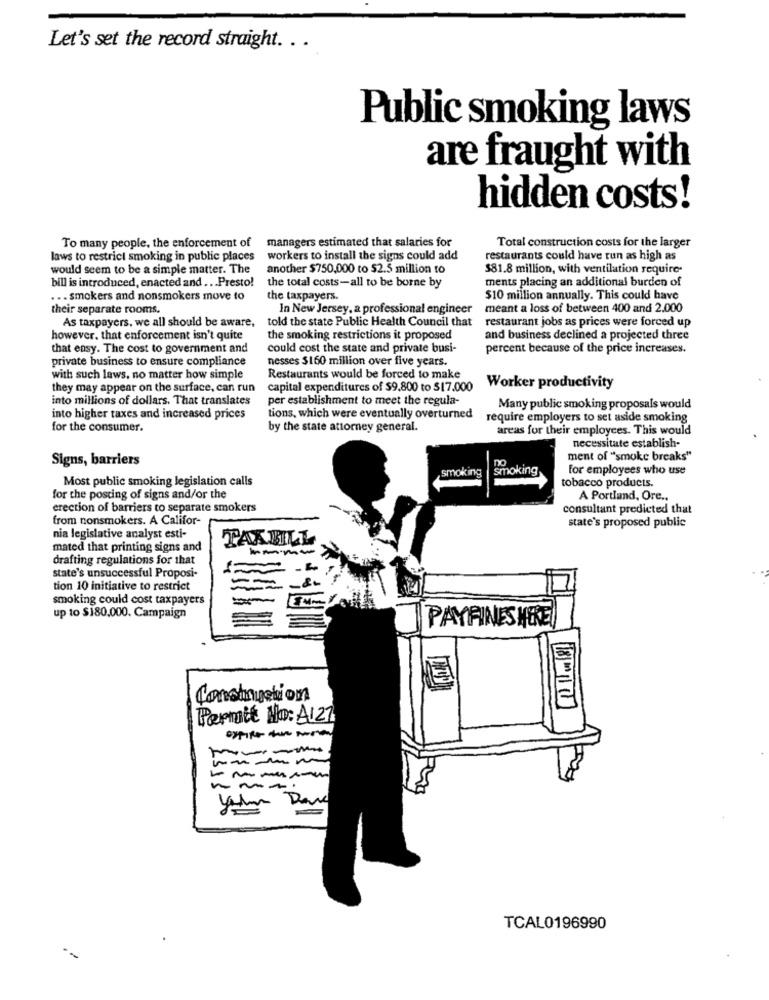
Let's set the record straight. . .
Public smoking laws
are fraught with
hidden costs!
To many people, the enforcement of
managers estimated that salaries for
Total construction costs for the larger
laws to restrict smoking in public places
workers to install the signs could add
restaurants could have run as high as
would seem to be a simple matter. The
another $750,000 to $2.5 million to
$81.8 million, with ventilation require-
bill is introduced, enacted and ... Presto!
the total costs-all to be borne by
ments placing an additional burden of
... smokers and nonsmokers move to
the taxpayers.
$10 million annually. This could have
their separate rooms,
In New Jersey, a professional engineer
meant a loss of between 400 and 2.000
As taxpayers, we all should be aware,
told the state Public Health Council that
restaurant jobs as prices were forced up
however, that enforcement isn't quite
the smoking restrictions it proposed
and business declined a projected three
that ensy. The cost to government and
could cost the state and private busi-
percent because of the price increases.
private business to ensure compliance
nesses $160 million over five years.
with such laws, no matter how simple
Restaurants would be forced to make
they may appear on the surface, can run
capital expenditures of $9,800 to $17.000
Worker productivity
into millions of dollars. That translates
per establishment to meet the regula-
Many public smoking proposals would
into higher taxes and increased prices
tions, which were eventually overturned
require employers to set aside smoking
for the consumer.
by the state attorney general.
areas for their employees. This would
necessitate establish-
Signs, barriers
no
ment of "smoke breaks"
smoking
for employees who use
Most public smoking legislation calls
tobacco products.
for the posting of signs and/or the
A Portland, Ore ..
erection of barriers to separate smokers
consultant predicted that
from nonsmokers. A Califor-
state's proposed public
nia legislative analyst esti-
TAXBILL
mated that printing signs and
drafting regulations for that
state's unsuccessful Proposi-
tion 10 initiative to restrict
smoking could cost taxpayers
up to $180,000. Campaign
PAYFINES HERE
Construction
811
Pernatt No: A121
TCAL0196990